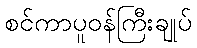
စင်ကာပူဝန်ကြီးချုပ်